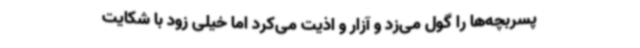
پسربچه‌ها را گول می‌زد و آزار و اذیت می‌کرد اما خیلی زود با شکایت